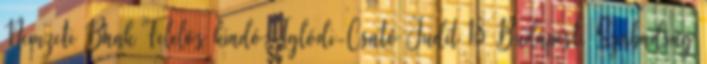
Nemzeti Bank Felelõs kiadó: Iglódi-Csató Judit 18 Budapest, Szabadság